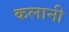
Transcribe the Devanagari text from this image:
कलानी